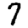
Digit: 7